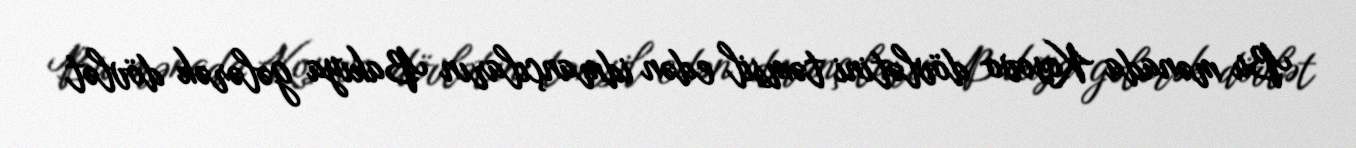
Bu mənada Kosovo dövlətini təmsil edən idmançıların Bakıya gələrək dövlət